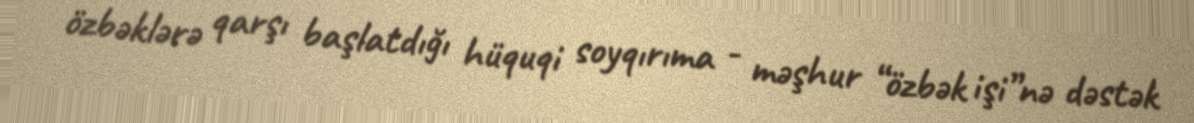
özbəklərə qarşı başlatdığı hüquqi soyqırıma - məşhur “özbək işi”nə dəstək